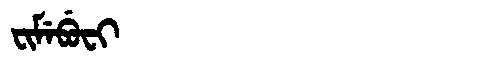
Manchu: ᠸᡳᠮᡝᠪᡠᠸᡳ
Romanization: FIMEBUFI